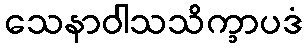
သေနာဝါသသိက္ခာပဒံ